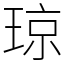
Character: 琼